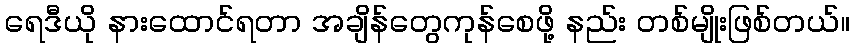
ရေဒီယို နားထောင်ရတာ အချိန်တွေကုန်စေဖို့ နည်း တစ်မျိုးဖြစ်တယ်။